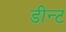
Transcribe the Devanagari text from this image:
डीन्ट